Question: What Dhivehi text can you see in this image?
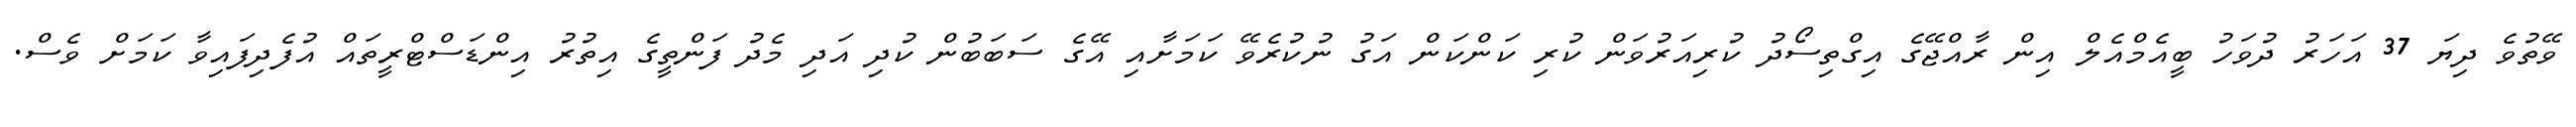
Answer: ވޭތުވެ ދިޔަ 37 އަހަރު ދުވަހު ބީއެމްއެލް އިން ރާއްޖޭގެ އިގްތިސޯދު ކުރިއަރުވަން ކުރި ކަންކަން އަގު ނުކުރެވޭ ކަމަށާއި އޭގެ ސަބަބުން ކުދި އަދި މެދު ފަންތީގެ އިތުރު އިންޑަސްޓްރީތައް އުފެދިފައިވާ ކަމަށް ވެސް.